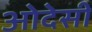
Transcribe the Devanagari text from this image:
ओदेसी